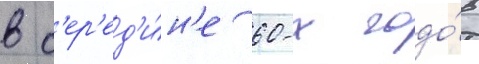
в с'ер'ед'и́н'е 60-х годо́в